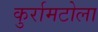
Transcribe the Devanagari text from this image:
कुर्रामटोला